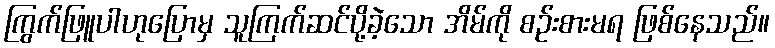
ကြွက်ဖြူပါဟုပြောမှ သူကြက်ဆင်ပို့ခဲ့သော အိမ်ကို စဉ်းစားမရ ဖြစ်နေသည်။